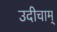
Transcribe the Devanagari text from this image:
उदीचाम्